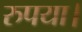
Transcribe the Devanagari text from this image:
रुपया।